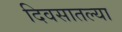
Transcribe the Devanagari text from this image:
दिवसातल्या